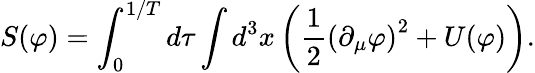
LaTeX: S(\varphi)=\int_{0}^{1/T}d\tau\int d^{3}x\left({\frac{1}{2}}\left(\partial_{\mu}\varphi\right)^{2}+U(\varphi)\right).